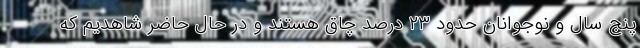
پنج سال و نوجوانان حدود ۲۳ درصد چاق هستند و در حال حاضر شاهدیم که